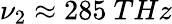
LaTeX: \nu_{2}\approx 285~THz